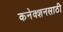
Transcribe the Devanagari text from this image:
कनेक्शनसाठी